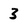
Character: 3